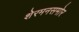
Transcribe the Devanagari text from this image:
शेरमनसमोर